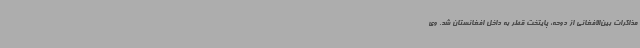
مذاکرات بین‌الافغانی از دوحه، پایتخت قطر به داخل افغانستان شد. وی